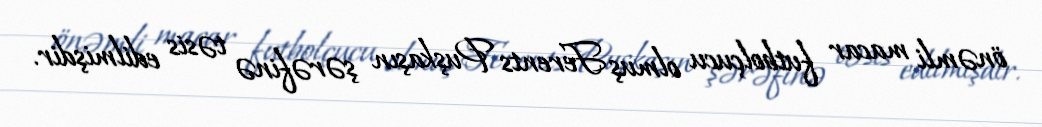
önəmli macar futbolçucu olmuş Ferents Puşkaşın şərəfinə təsis edilmişdir.